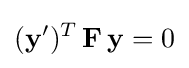
(\mathbf {y} ')^{T}\,\mathbf {F} \,\mathbf {y} =0